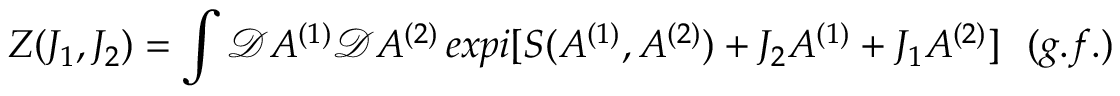
Z ( J _ { 1 } , J _ { 2 } ) = \int { \mathcal D } A ^ { ( 1 ) } { \mathcal D } A ^ { ( 2 ) } \, e x p i [ S ( A ^ { ( 1 ) } , A ^ { ( 2 ) } ) + J _ { 2 } A ^ { ( 1 ) } + J _ { 1 } A ^ { ( 2 ) } ] \ \ ( g . f . )